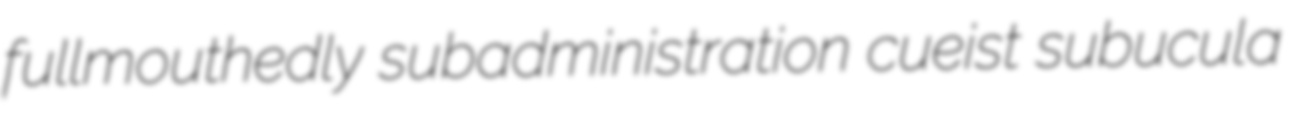
fullmouthedly subadministration cueist subucula